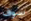
سوف